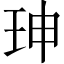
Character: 珅